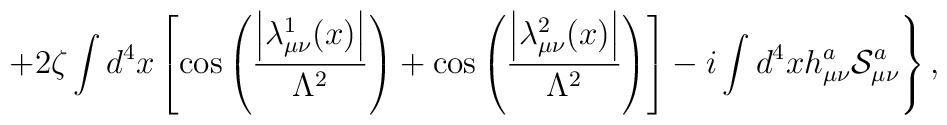
\left.+2\zeta\int d^4x\left[\cos\left(\frac{\left|\lambda_{\mu\nu}^1(x)\right|}{\Lambda^2}\right)+\cos\left(\frac{\left|\lambda_{\mu\nu}^2(x)\right|}{\Lambda^2}\right)\right]-i\int d^4xh_{\mu\nu}^a{\cal S}_{\mu\nu}^a\right\},